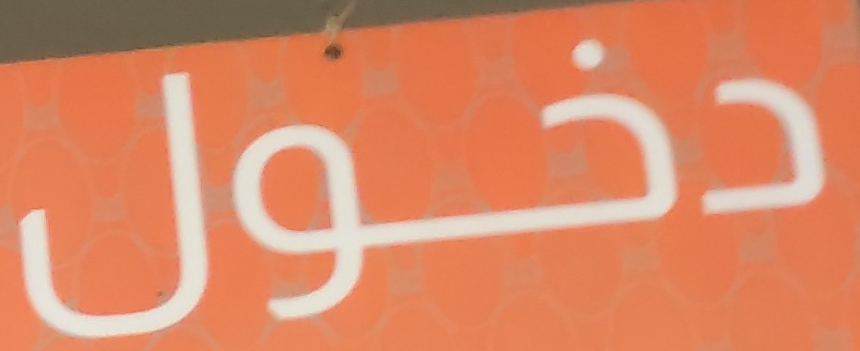
دخول